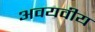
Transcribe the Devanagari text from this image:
अवयवीय